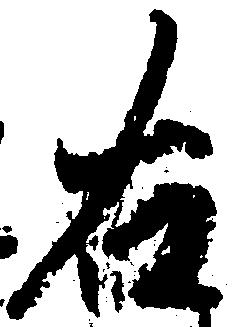
右